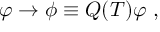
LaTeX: \varphi \to \phi \equiv Q ( { \cal T } ) \varphi ~ ,